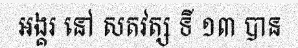
អង្គរ នៅ សតវត្ស ទី ១៣ បាន